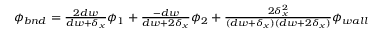
\begin{array} { r } { \phi _ { b n d } = \frac { 2 d w } { d w + \delta _ { x } } \phi _ { 1 } + \frac { - d w } { d w + 2 \delta _ { x } } \phi _ { 2 } + \frac { 2 \delta _ { x } ^ { 2 } } { ( d w + \delta _ { x } ) ( d w + 2 \delta _ { x } ) } \phi _ { w a l l } } \end{array}